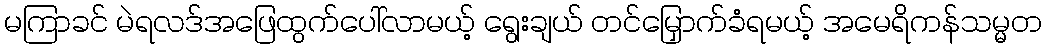
မကြာခင် မဲရလဒ်အဖြေထွက်ပေါ်လာမယ့် ရွေးချယ် တင်မြှောက်ခံရမယ့် အမေရိကန်သမ္မတ